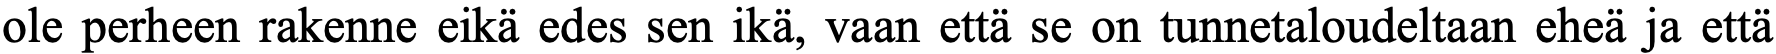
ole perheen rakenne eikä edes sen ikä, vaan että se on tunnetaloudeltaan eheä ja että